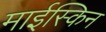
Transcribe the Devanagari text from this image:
माईस्किन